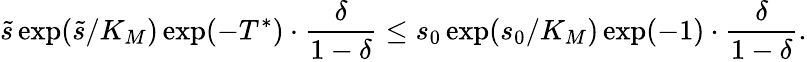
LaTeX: \widetilde s\exp(\widetilde s/K_{M})\exp(-T^{*})\cdot\frac{\delta}{1-\delta}\leq s_{0}\exp(s_{0}/K_{M})\exp(-1)\cdot\frac{\delta}{1-\delta}.